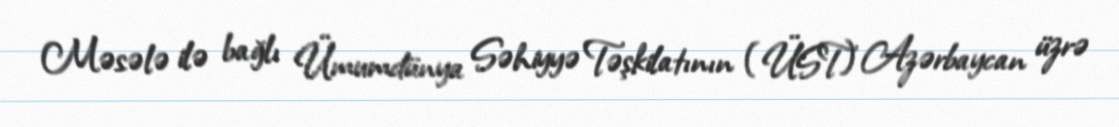
Məsələ ilə bağlı Ümumdünya Səhiyyə Təşkilatının (ÜST) Azərbaycan üzrə